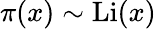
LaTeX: \pi(x)\sim\operatorname{Li}(x)